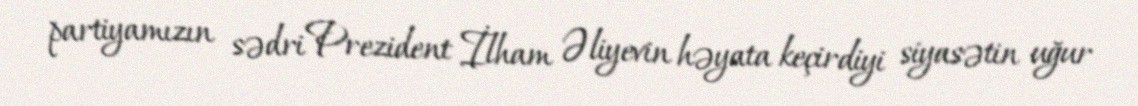
partiyamızın sədri Prezident İlham Əliyevin həyata keçirdiyi siyasətin uğur